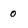
Character: 0